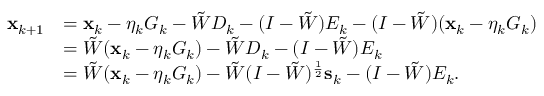
\begin{array} { r l } { \mathbf { x } _ { k + 1 } } & { = \mathbf { x } _ { k } - \eta _ { k } G _ { k } - \tilde { W } { D } _ { k } - ( I - \tilde { W } ) E _ { k } - ( I - \tilde { W } ) ( \mathbf { x } _ { k } - \eta _ { k } G _ { k } ) } \\ & { = \tilde { W } ( \mathbf { x } _ { k } - \eta _ { k } G _ { k } ) - \tilde { W } { D } _ { k } - ( I - \tilde { W } ) E _ { k } } \\ & { = \tilde { W } ( \mathbf { x } _ { k } - \eta _ { k } G _ { k } ) - \tilde { W } ( I - \tilde { W } ) ^ { \frac { 1 } { 2 } } \mathbf { s } _ { k } - ( I - \tilde { W } ) E _ { k } . } \end{array}